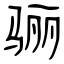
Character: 骊